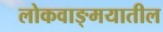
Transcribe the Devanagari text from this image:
लोकवाङ्‍मयातील